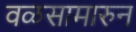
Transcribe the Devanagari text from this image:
वळसामारुन